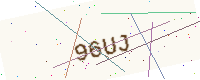
Text: 96UJ